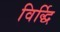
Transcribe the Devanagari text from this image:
विर्द्धि